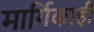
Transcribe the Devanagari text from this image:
मार्गिकाही